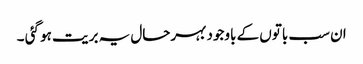
ان سب باتوں کے باوجود بہرحال یہ بریت ہو گئی ۔